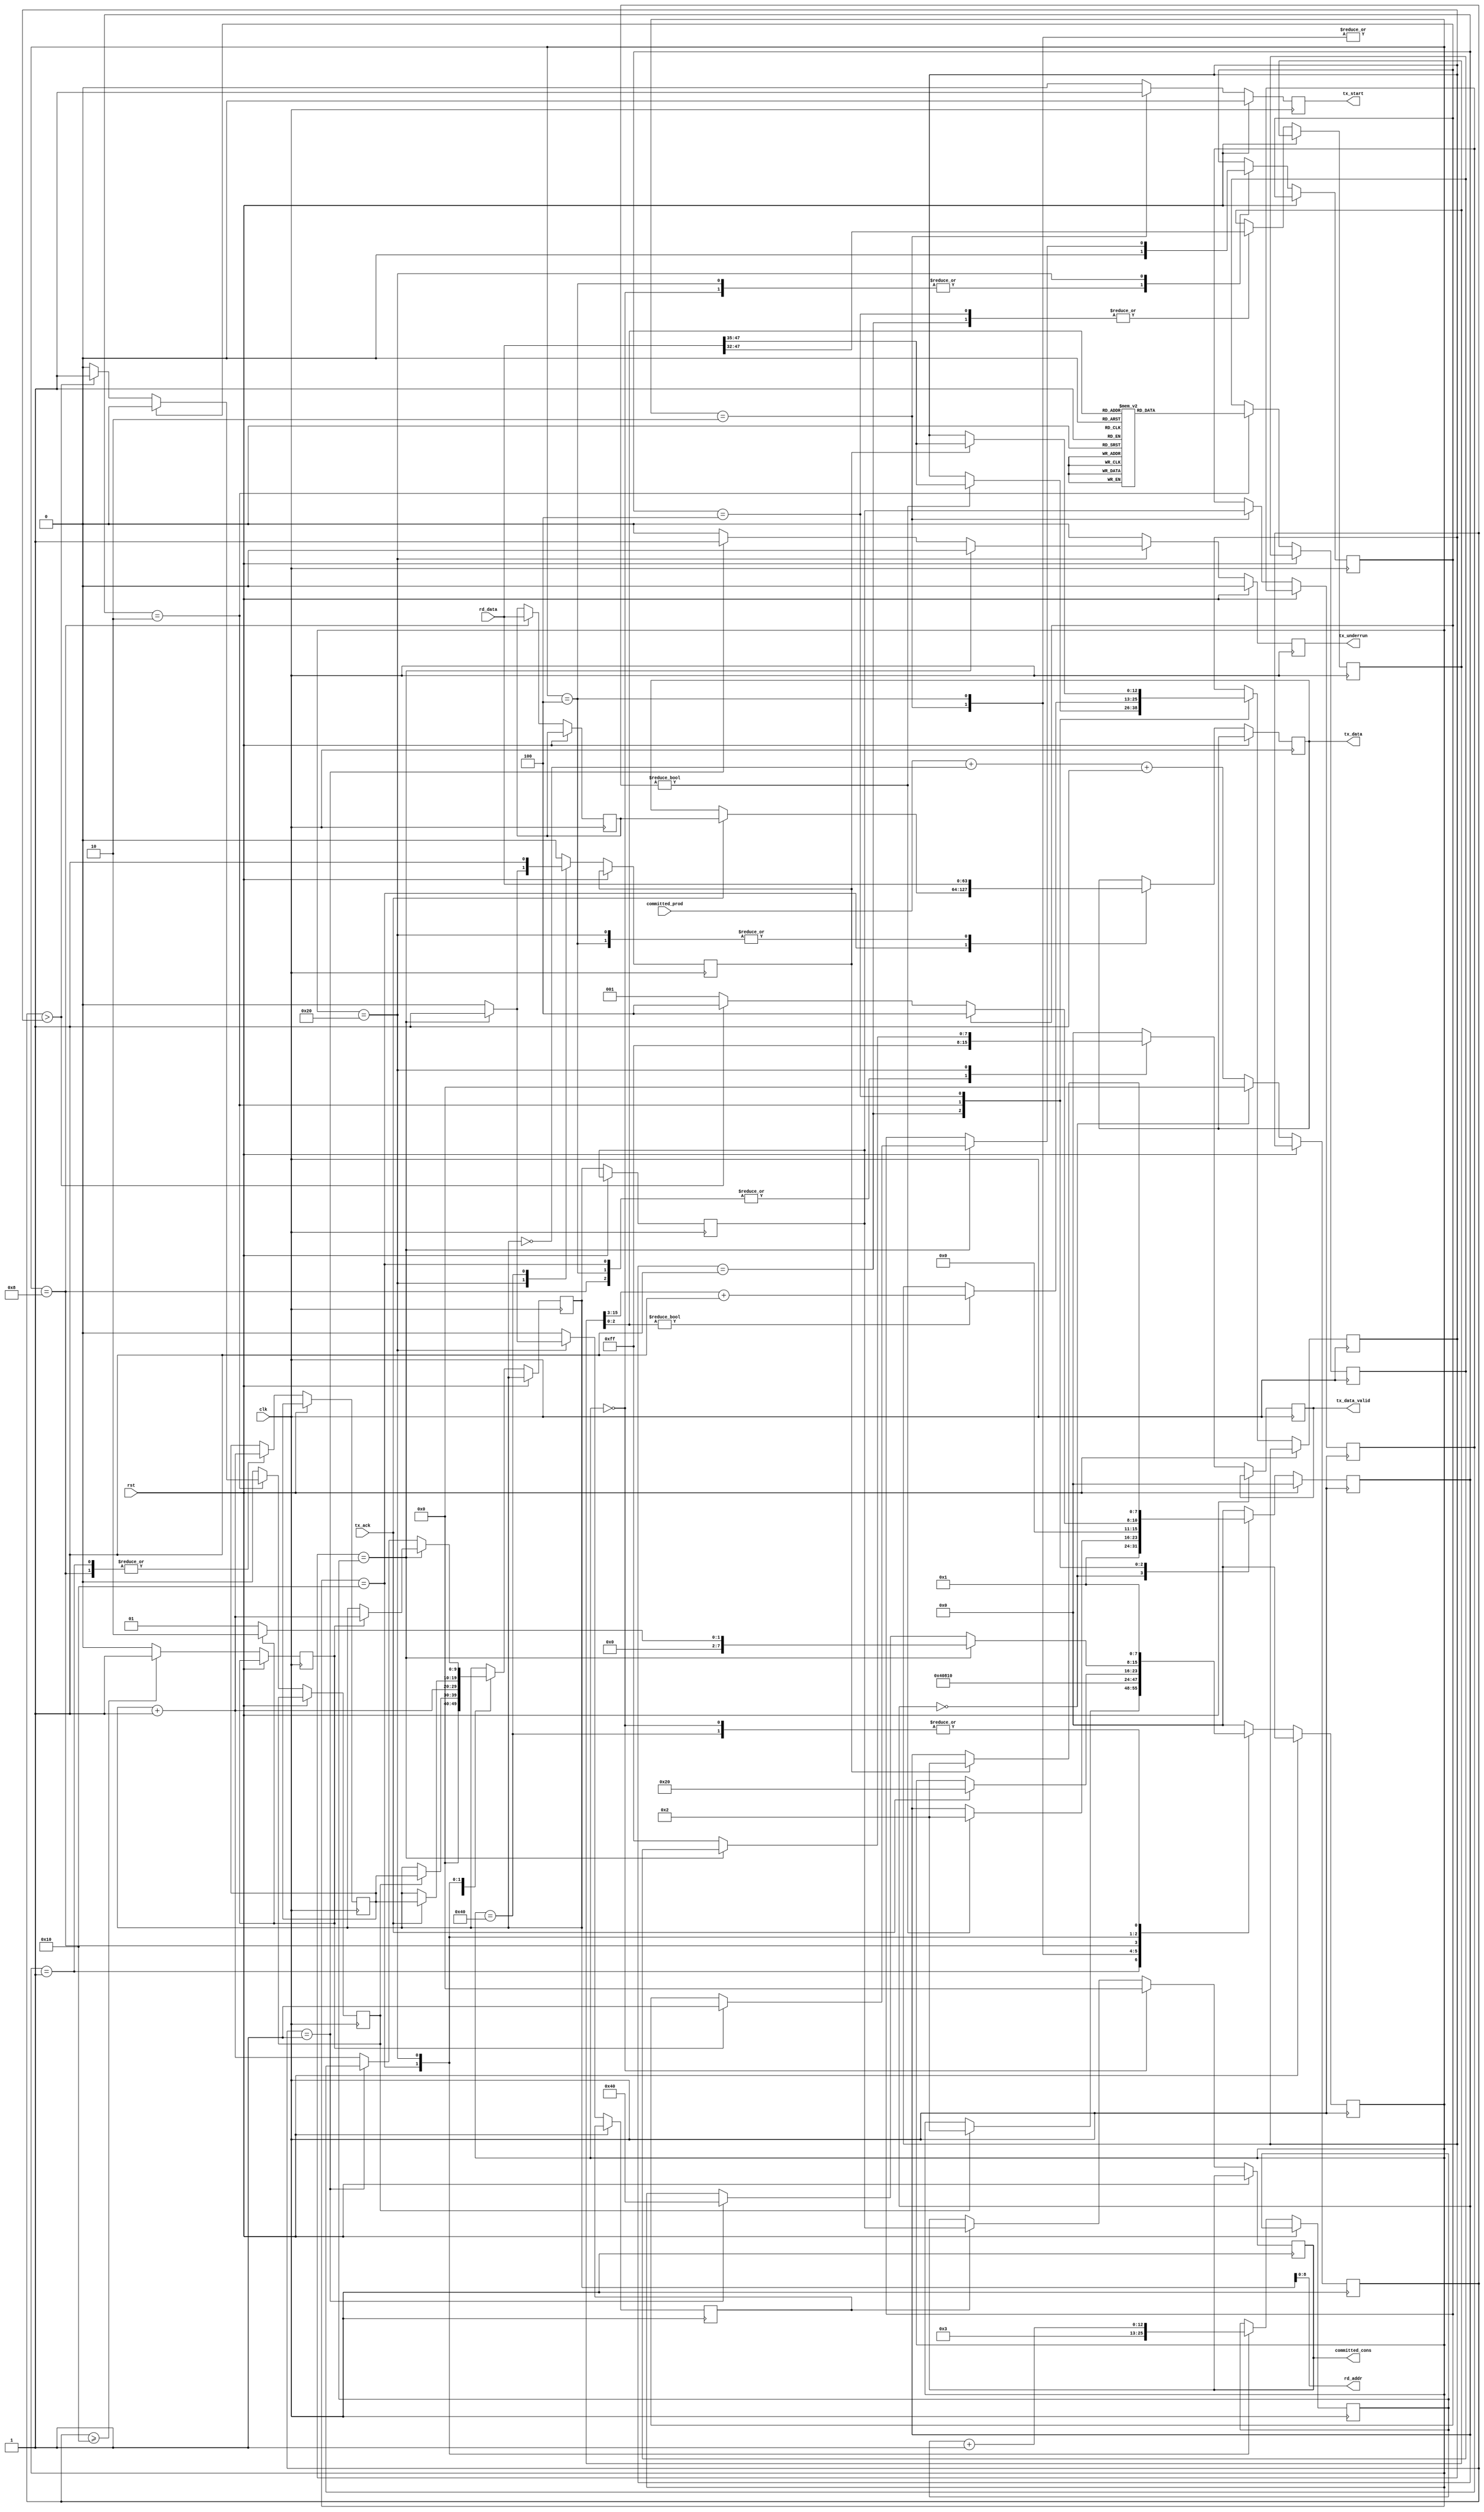
/*******************************************************************************
*
*  NetFPGA-10G http://www.netfpga.org
*
*  File:
*        ibuf2mac.v
*
*  Project:
*
*
*  Author:
*        Marco Forconesi
*
*  Description:
*        Sends Ethernet frames.
*
*
*    This code is initially developed for the Network-as-a-Service (NaaS) project.
*
*  Copyright notice:
*        Copyright (C) 2014 University of Cambridge
*
*  Licence:
*        This file is part of the NetFPGA 10G development base package.
*
*        This file is free code: you can redistribute it and/or modify it under
*        the terms of the GNU Lesser General Public License version 2.1 as
*        published by the Free Software Foundation.
*
*        This package is distributed in the hope that it will be useful, but
*        WITHOUT ANY WARRANTY; without even the implied warranty of
*        MERCHANTABILITY or FITNESS FOR A PARTICULAR PURPOSE.  See the GNU
*        Lesser General Public License for more details.
*
*        You should have received a copy of the GNU Lesser General Public
*        License along with the NetFPGA source package.  If not, see
*        http://www.gnu.org/licenses/.
*
*/

//////////////////////////////////////////////////////////////////////////////////////////////
//////////////////////////////////////////////////////////////////////////////////////////////
`timescale 1ns / 1ps
//`default_nettype none

module ibuf2mac # (
    parameter BW = 9
    ) (

    input                    clk,
    input                    rst,

    // MAC tx
    output reg               tx_underrun,
    output reg   [63:0]      tx_data,
    output reg   [7:0]       tx_data_valid,
    output reg               tx_start,
    input                    tx_ack,

    // ibuf
    output       [BW-1:0]    rd_addr,
    input        [63:0]      rd_data,

    // bwd logic
    output reg   [BW:0]      committed_cons,
    input        [BW:0]      committed_prod
    );

    // localparam
    localparam s0 = 8'b00000000;
    localparam s1 = 8'b00000001;
    localparam s2 = 8'b00000010;
    localparam s3 = 8'b00000100;
    localparam s4 = 8'b00001000;
    localparam s5 = 8'b00010000;
    localparam s6 = 8'b00100000;
    localparam s7 = 8'b01000000;
    localparam s8 = 8'b10000000;

    //-------------------------------------------------------
    // Local frm_sync
    //-------------------------------------------------------
    reg          [7:0]       syn_fsm;
    reg          [15:0]      len;
    reg          [12:0]      qw_len;
    reg                      trig;
    reg                      rsk;
    reg                      rsk_tk;
    reg          [BW:0]      diff;
    reg          [7:0]       lst_ben;

    //-------------------------------------------------------
    // Local snd_fsm
    //-------------------------------------------------------
    reg          [7:0]       snd_fsm;
    reg          [12:0]      qw_snt;
    reg          [BW:0]      rd_addr_i;
    reg          [BW:0]      nxt_rd_addr;
    reg          [BW:0]      sof_rd_addr;
    reg          [BW:0]      rd_addr_prev0;
    reg          [63:0]      aux_rd_data;
    reg                      eof;
    reg                      sync;

    //-------------------------------------------------------
    // assigns
    //-------------------------------------------------------
    assign rd_addr = rd_addr_i;

    ////////////////////////////////////////////////
    // frm_sync
    ////////////////////////////////////////////////
    always @(posedge clk) begin

        if (rst) begin  // rst
            syn_fsm <= s0;
        end
        
        else begin  // not rst

            trig <= 1'b0;

            rsk <= 1'b0;
            if (diff >= 'h10) begin
                rsk <= 1'b1;
            end

            diff <= committed_prod + (~rd_addr_i) + 1;

            case (syn_fsm)

                s0 : begin
                    diff <= 'b0;
                    syn_fsm <= s1;
                end

                s1 : begin
                    len <= rd_data[47:32];
                    if (diff) begin
                        qw_len <= rd_data[47:35];
                        syn_fsm <= s2;
                    end
                end

                s2 : begin
                    if (len[2:0]) begin
                        qw_len <= len[15:3] + 1;
                    end

                    case (len[2:0])                    // my deco
                        3'b000 : begin
                            lst_ben <= 8'b11111111;
                        end
                        3'b001 : begin
                            lst_ben <= 8'b00000001;
                        end
                        3'b010 : begin
                            lst_ben <= 8'b00000011;
                        end
                        3'b011 : begin
                            lst_ben <= 8'b00000111;
                        end
                        3'b100 : begin
                            lst_ben <= 8'b00001111;
                        end
                        3'b101 : begin
                            lst_ben <= 8'b00011111;
                        end
                        3'b110 : begin
                            lst_ben <= 8'b00111111;
                        end
                        3'b111 : begin
                            lst_ben <= 8'b01111111;
                        end
                    endcase

                    if (rsk_tk) begin
                        syn_fsm <= s3;
                    end
                    else if (diff > qw_len) begin
                        trig <= 1'b1;
                        syn_fsm <= s3;
                    end
                    else begin
                        syn_fsm <= s1;
                    end
                end

                s3 : begin
                    len <= rd_data[47:32];
                    if (sync) begin
                        qw_len <= rd_data[47:35];
                        syn_fsm <= s2;
                    end
                end
            
                default : begin 
                    syn_fsm <= s0;
                end

            endcase
        end     // not rst
    end  //always

    ////////////////////////////////////////////////
    // snd_fsm
    ////////////////////////////////////////////////
    always @(posedge clk) begin

        if (rst) begin  // rst
            tx_underrun <= 1'b0;
            tx_start <= 1'b0;
            snd_fsm <= s0;
        end
        
        else begin  // not rst

            sync <= 1'b0;
            
            tx_underrun <= 1'b0;
            tx_start <= 1'b0;
            tx_data_valid <= 'b0;
            rd_addr_prev0 <= rd_addr_i;
            eof <= 1'b0;

            if (eof) begin
                committed_cons <= rd_addr_prev0;
            end

            case (snd_fsm)

                s0 : begin
                    rd_addr_i <= 'b0;
                    committed_cons <= 'b0;
                    rsk_tk <= 1'b0;
                    snd_fsm <= s1;
                end

                s1: begin
                    nxt_rd_addr <= rd_addr_i + 1;
                    if (trig) begin
                        rd_addr_i <= nxt_rd_addr;
                        snd_fsm <= s2;
                    end
                end

                s2 : begin
                    sof_rd_addr <= rd_addr_prev0;
                    rd_addr_i <= rd_addr_i + 1;
                    tx_start <= 1'b1;
                    snd_fsm <= s3;
                end

                s3 : begin
                    rsk_tk <= 1'b0;
                    tx_data <= rd_data;
                    tx_data_valid <= 'hFF;
                    rd_addr_i <= rd_addr_i + 1;
                    snd_fsm <= s4;
                end

                s4 : begin
                    tx_data_valid <= 'hFF;
                    nxt_rd_addr <= rd_addr_i + 1;
                    aux_rd_data <= rd_data;
                    snd_fsm <= s5;
                end

                s5 : begin
                    tx_data_valid <= 'hFF;
                    qw_snt <= 'h003;
                    if (tx_ack) begin
                        tx_data <= aux_rd_data;
                        rd_addr_i <= nxt_rd_addr;
                        snd_fsm <= s6;
                    end
                end

                s6 : begin
                    tx_data <= rd_data;
                    rd_addr_i <= rd_addr_i + 1;
                    tx_data_valid <= 'hFF;
                    qw_snt <= qw_snt + 1;
                    if (qw_len == qw_snt) begin
                        sync <= 1'b1;
                        eof <= 1'b1;
                        tx_data_valid <= lst_ben;
                        if (!rsk) begin
                            rd_addr_i <= rd_addr_i;
                            snd_fsm <= s1;
                        end
                        else begin
                            rsk_tk <= 1'b1;
                            snd_fsm <= s2;
                        end
                    end
                    else if (diff == 'h1) begin
                        tx_underrun <= 1'b1;
                        rd_addr_i <= sof_rd_addr;
                        snd_fsm <= s7;
                    end
                end

                s7 : begin
                    sync <= 1'b1;
                    snd_fsm <= s1;
                end
            
                default : begin 
                    snd_fsm <= s0;
                end

            endcase
        end     // not rst
    end  //always

endmodule // ibuf2mac

//////////////////////////////////////////////////////////////////////////////////////////////
//////////////////////////////////////////////////////////////////////////////////////////////